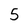
Character: 5